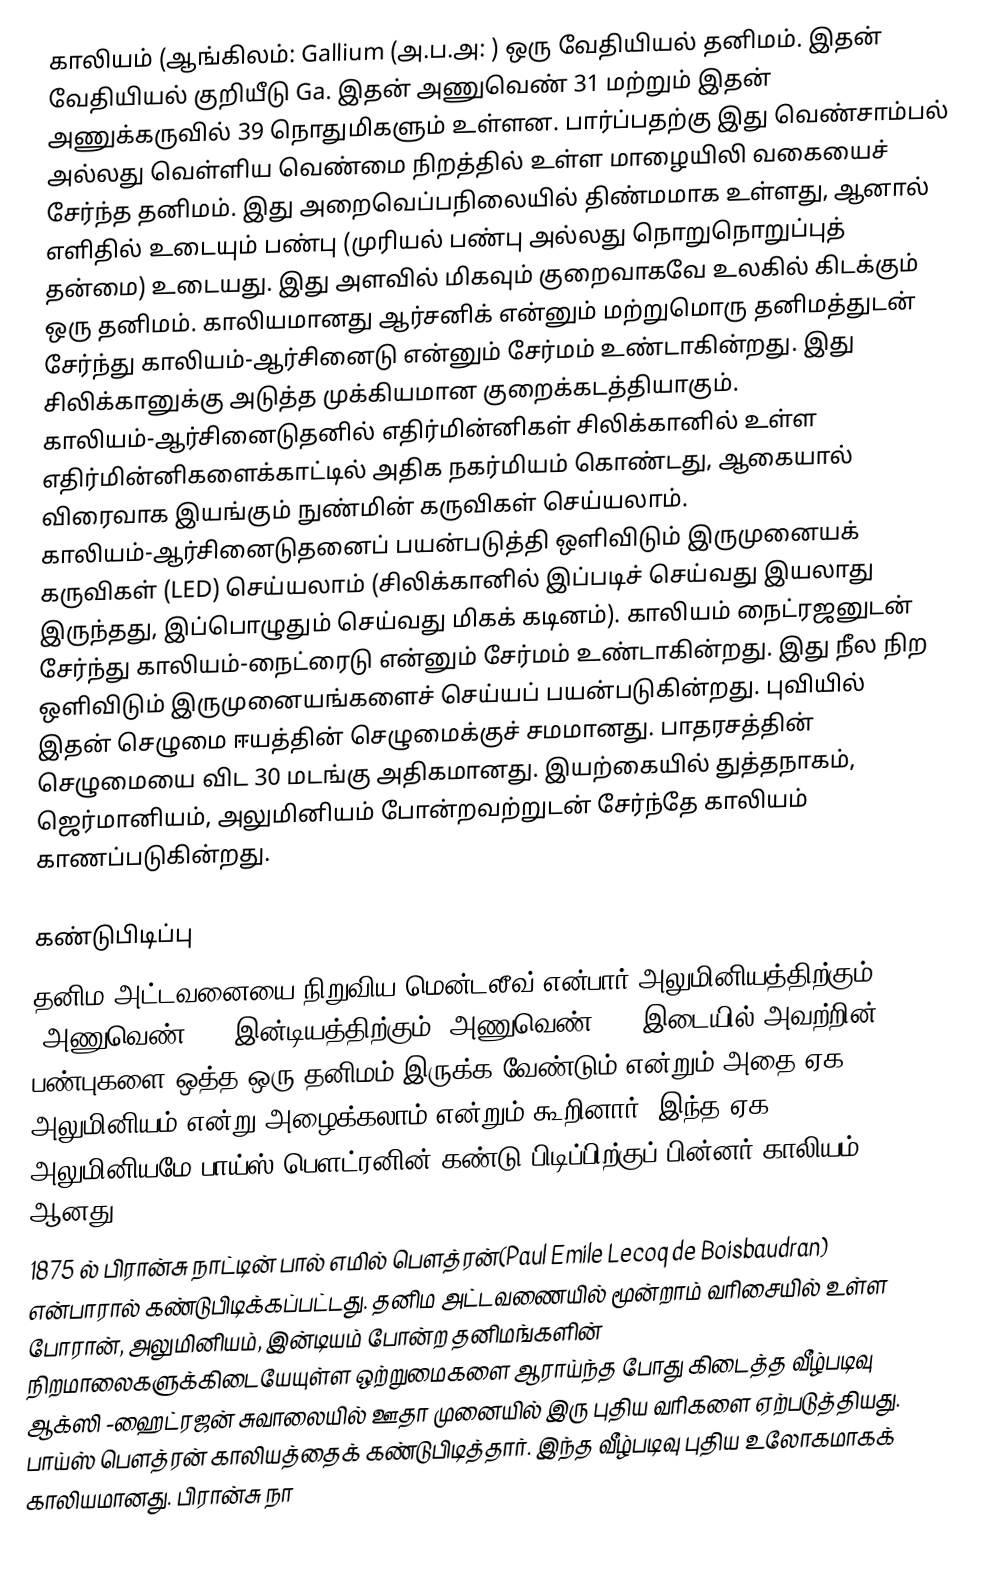
காலியம் (ஆங்கிலம்: Gallium (அ.ப.அ: ) ஒரு வேதியியல் தனிமம். இதன் வேதியியல் குறியீடு Ga. இதன் அணுவெண் 31 மற்றும் இதன் அணுக்கருவில் 39 நொதுமிகளும் உள்ளன. பார்ப்பதற்கு இது வெண்சாம்பல் அல்லது வெள்ளிய வெண்மை நிறத்தில் உள்ள மாழையிலி வகையைச் சேர்ந்த தனிமம். இது அறைவெப்பநிலையில் திண்மமாக உள்ளது, ஆனால் எளிதில் உடையும் பண்பு (முரியல் பண்பு அல்லது நொறுநொறுப்புத் தன்மை) உடையது. இது அளவில் மிகவும் குறைவாகவே உலகில் கிடக்கும் ஒரு தனிமம்.  காலியமானது ஆர்சனிக் என்னும் மற்றுமொரு தனிமத்துடன் சேர்ந்து காலியம்-ஆர்சினைடு என்னும் சேர்மம் உண்டாகின்றது. இது சிலிக்கானுக்கு அடுத்த முக்கியமான குறைக்கடத்தியாகும். காலியம்-ஆர்சினைடுதனில் எதிர்மின்னிகள் சிலிக்கானில் உள்ள எதிர்மின்னிகளைக்காட்டில் அதிக நகர்மியம் கொண்டது, ஆகையால் விரைவாக இயங்கும் நுண்மின் கருவிகள் செய்யலாம். காலியம்-ஆர்சினைடுதனைப் பயன்படுத்தி ஒளிவிடும் இருமுனையக் கருவிகள் (LED) செய்யலாம் (சிலிக்கானில் இப்படிச் செய்வது இயலாது இருந்தது, இப்பொழுதும் செய்வது மிகக் கடினம்). காலியம் நைட்ரஜனுடன் சேர்ந்து காலியம்-நைட்ரைடு என்னும் சேர்மம் உண்டாகின்றது. இது நீல நிற ஒளிவிடும் இருமுனையங்களைச் செய்யப் பயன்படுகின்றது. புவியில் இதன் செழுமை ஈயத்தின் செழுமைக்குச் சமமானது. பாதரசத்தின் செழுமையை விட 30 மடங்கு அதிகமானது. இயற்கையில் துத்தநாகம், ஜெர்மானியம், அலுமினியம் போன்றவற்றுடன் சேர்ந்தே காலியம் காணப்படுகின்றது.

கண்டுபிடிப்பு
தனிம அட்டவனையை நிறுவிய மென்டலீவ் என்பார் அலுமினியத்திற்கும் (அணுவெண் 13) இன்டியத்திற்கும் (அணுவெண் 49) இடையில் அவற்றின் பண்புகளை ஒத்த ஒரு தனிமம் இருக்க வேண்டும் என்றும் அதை ஏக அலுமினியம் என்று அழைக்கலாம் என்றும் கூறினார். இந்த ஏக அலுமினியமே பாய்ஸ் பௌட்ரனின் கண்டு பிடிப்பிற்குப் பின்னர் காலியம் ஆனது.
1875 ல் பிரான்சு நாட்டின் பால் எமில் பௌத்ரன்(Paul Emile Lecoq de Boisbaudran) என்பாரால் கண்டுபிடிக்கப்பட்டது.  தனிம அட்டவணையில் மூன்றாம் வரிசையில் உள்ள போரான், அலுமினியம், இன்டியம் போன்ற தனிமங்களின் நிறமாலைகளுக்கிடையேயுள்ள ஒற்றுமைகளை ஆராய்ந்த போது கிடைத்த வீழ்படிவு ஆக்ஸி -ஹைட்ரஜன் சுவாலையில் ஊதா முனையில் இரு புதிய வரிகளை ஏற்படுத்தியது.  பாய்ஸ் பௌத்ரன் காலியத்தைக் கண்டுபிடித்தார். இந்த வீழ்படிவு புதிய உலோகமாகக் காலியமானது. பிரான்சு நா